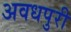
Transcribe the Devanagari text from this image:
अवधपुरी